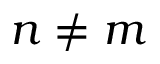
n \ne m